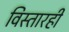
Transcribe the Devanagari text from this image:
विस्तारही